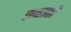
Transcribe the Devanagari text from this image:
लव्हाळी